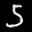
Label: 5